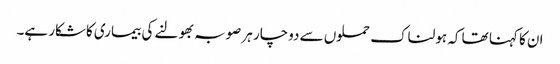
ان کا کہنا تھا کہ ہولناک حملوں سے دوچار ہر صوبہ بھولنے کی بیماری کاشکار ہے۔